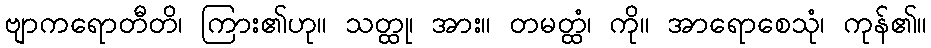
ဗျာကရောတီတိ၊ ကြား၏ဟု။ သတ္ထု၊ အား။ တမတ္ထံ၊ ကို။ အာရောစေသုံ၊ ကုန်၏။